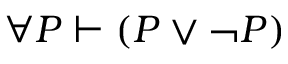
\forall P \vdash ( P \lor \lnot P )